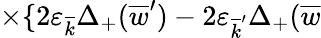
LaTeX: \times\{ 2\varepsilon_{\overline{{{k}}}}\Delta_{+}(\overline{{{w}}}^{\prime})-2\varepsilon_{\overline{{{k}}}^{\prime}}\Delta_{+}(\overline{{{w}}}